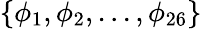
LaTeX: \left\{ \phi_{1},\phi_{2},...,\phi_{26}\right\}